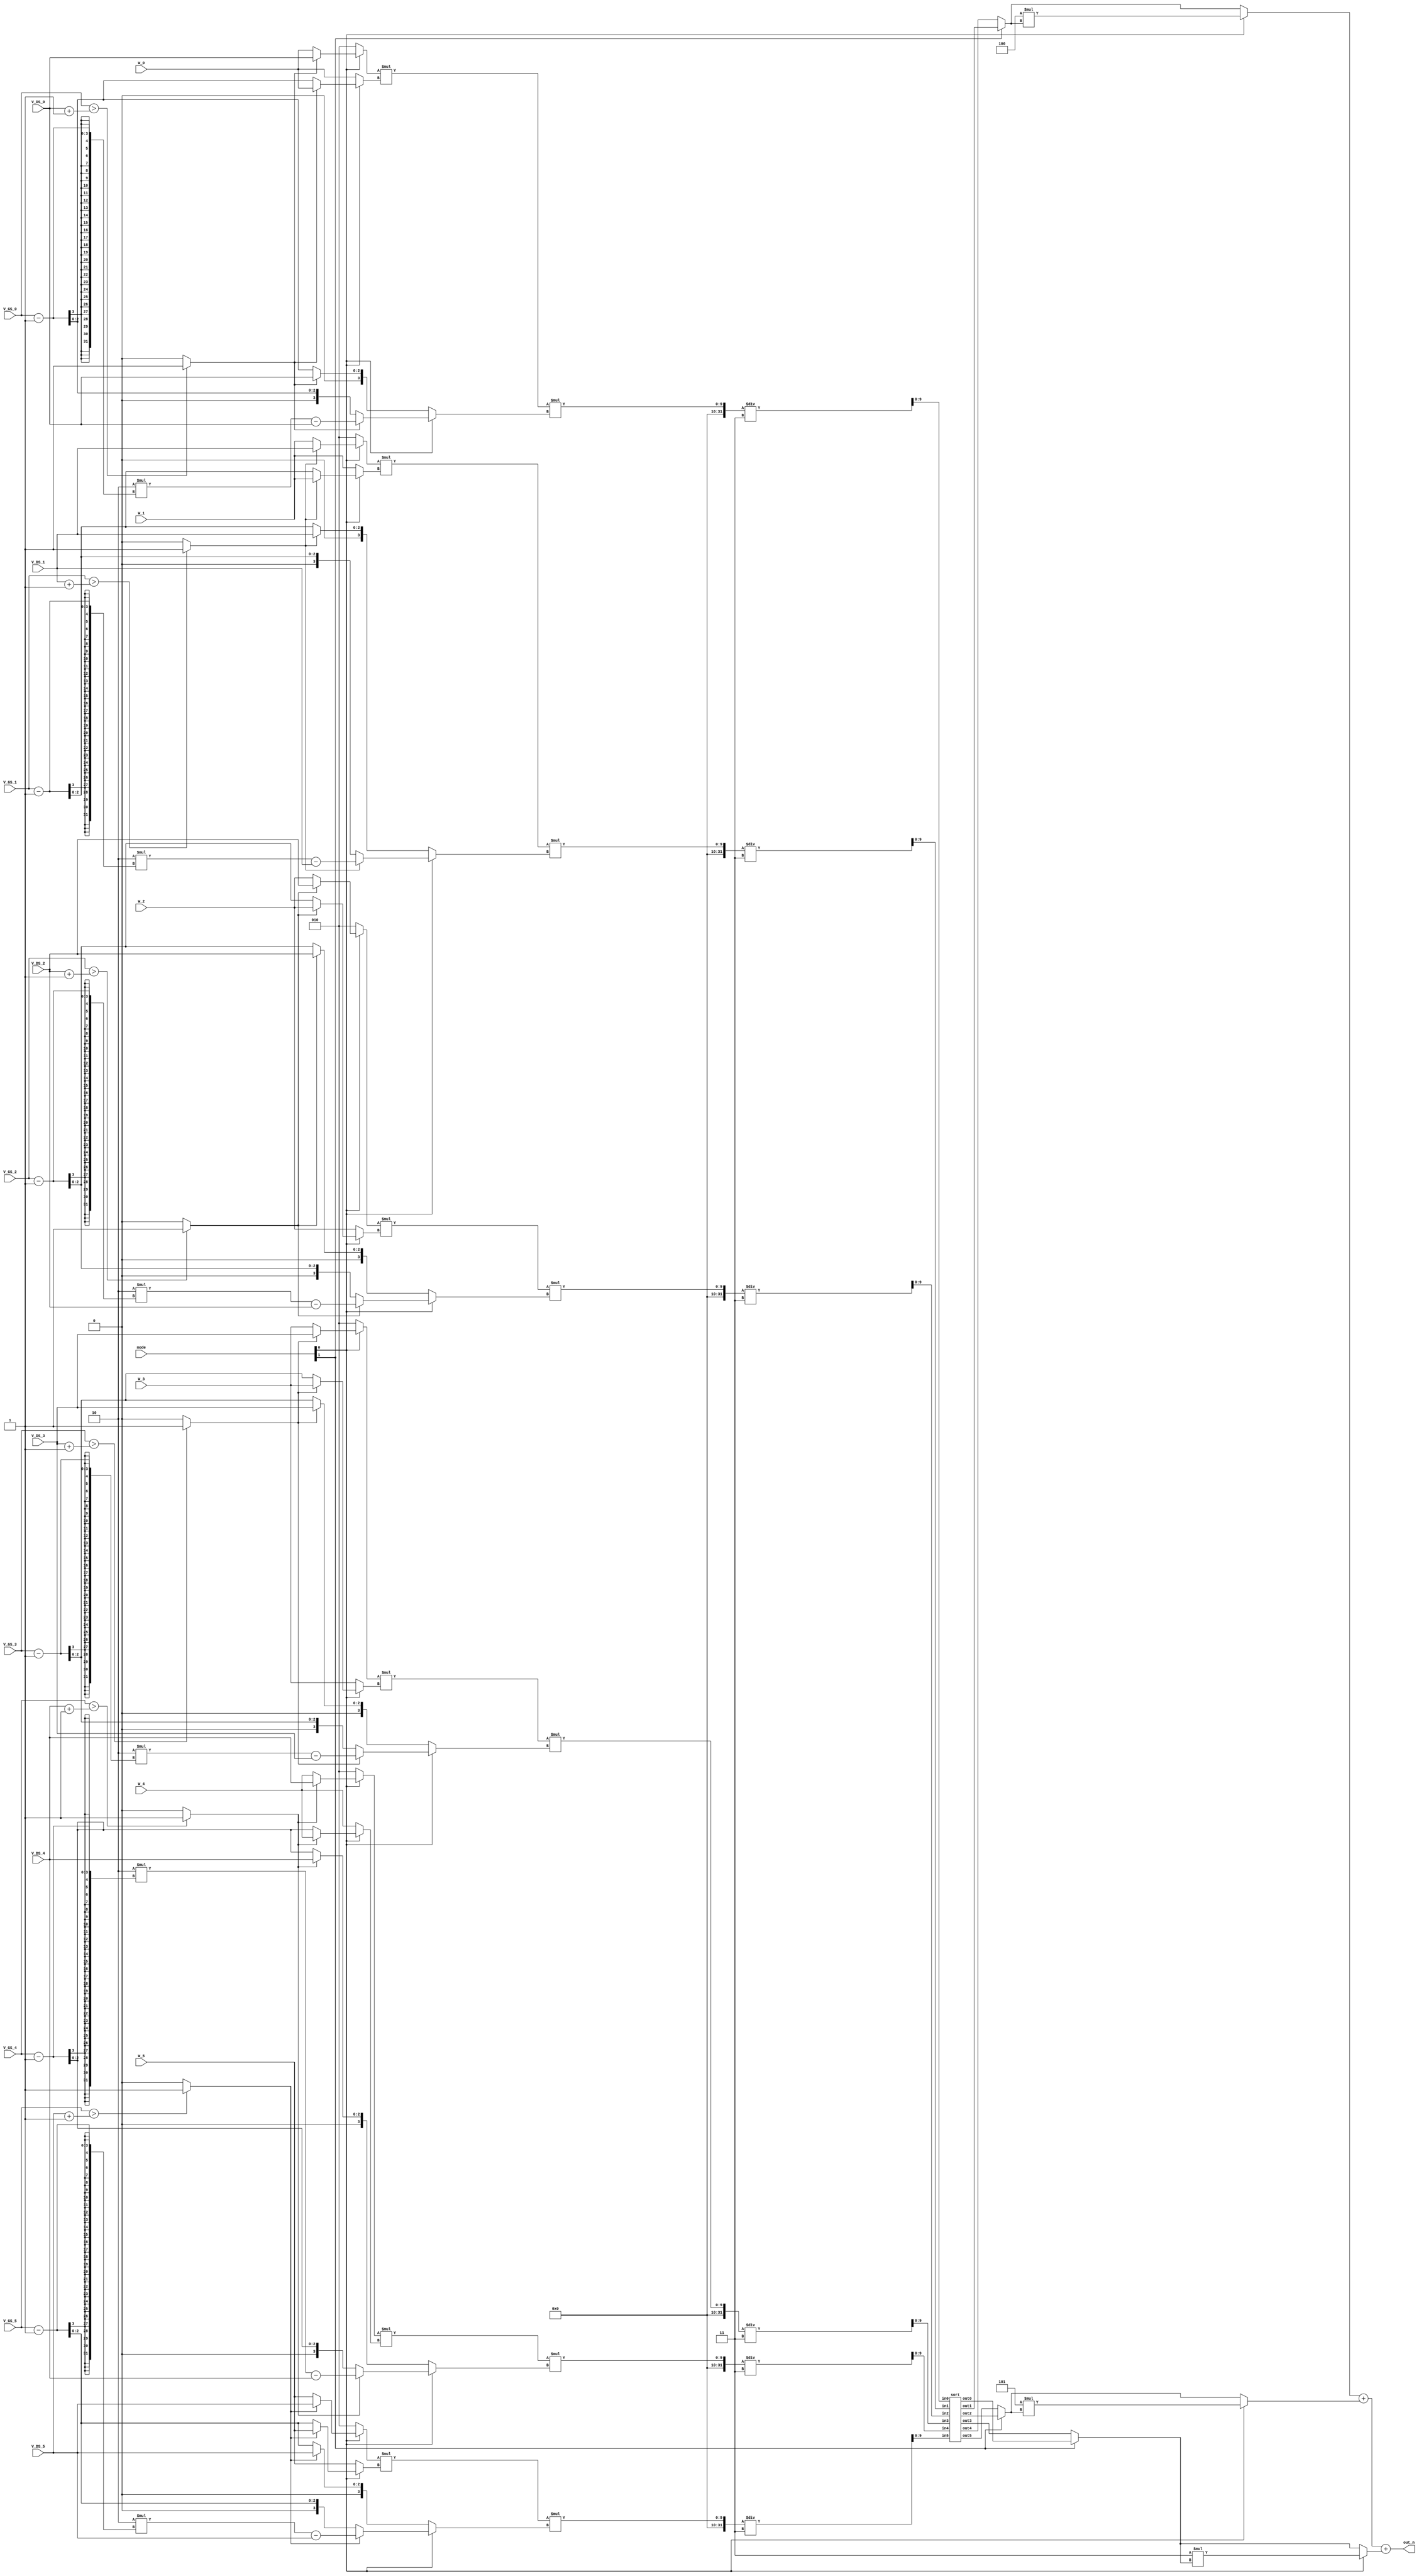
// Lab 1 : Super MOSFET Caculator (SMC)
/* In this lab, we want to design a Supper MOSFET Calculator to calculate ID and gm in a short time with given numerous 
   combinations of width, VGS  VDS. Furthermore, we would like to sort the result. 
	We simplify Kn = 1 / 3, Vth = 1
	Don't consider body effect and channel length modulation
	If mode[0] == 1'b1, we want the id value, else we want the gm value.
 	If mode[1] == 1'b1, we want the larger three values; otherwise, we want the smaller three values.
  	For id value: 
    		output = 3 * n0 + 4 * n1 + 5 * n2 // mode[1] == 1'b1
       		output = 3 * n3 + 4 * n4 + 5 * n5 // mode[1] == 1'b0
       		Notice that 0 is the largest one, and 5 is the smallest one. 
	 For gm value: 
    		output = n0 + n1 + n2 // mode[1] == 1'b1
       		output = n3 + n4 + n5 // mode[1] == 1'b0
       		Notice that 0 is the largest one, and 5 is the smallest one. 
*/
	
module SMC(
    // Input signals
    mode,
    W_0, V_GS_0, V_DS_0,
    W_1, V_GS_1, V_DS_1,
    W_2, V_GS_2, V_DS_2,
    W_3, V_GS_3, V_DS_3,
    W_4, V_GS_4, V_DS_4,
    W_5, V_GS_5, V_DS_5,   
    // Output signals
    out_n
);

input [2:0] W_0, V_GS_0, V_DS_0;
input [2:0] W_1, V_GS_1, V_DS_1;
input [2:0] W_2, V_GS_2, V_DS_2;
input [2:0] W_3, V_GS_3, V_DS_3;
input [2:0] W_4, V_GS_4, V_DS_4;
input [2:0] W_5, V_GS_5, V_DS_5;
input [1:0] mode;
	
output [9:0] out_n;

wire [2:0] w[0:5], Vgs[0:5], Vds[0:5];
wire [2:0] Id_T_A[0:5], Id_T_B[0:5];
wire [3:0] Id_T_C[0:5];
wire [2:0] gm_T_A[0:5], gm_T_B[0:5], gm_T_C[0:5];
wire [2:0] Id_S_A[0:5], Id_S_B[0:5], Id_S_C[0:5];
wire [2:0] gm_S_A[0:5], gm_S_B[0:5], gm_S_C[0:5];

wire is_tri[0:5];

wire [2:0] Id_A[0:5], Id_B[0:5];
wire [3:0] Id_C[0:5];
wire [2:0] gm_A[0:5], gm_B[0:5], gm_C[0:5];

wire [2:0] A[0:5], B[0:5];
wire [3:0] C[0:5];

wire [9:0] result[0:5];

wire [9:0] n[0:5], n_1[0:5];
wire [9:0]out0, out1, out2;

genvar idx;


//Turn input into array form
assign w[0] = W_0;
assign w[1] = W_1;
assign w[2] = W_2;
assign w[3] = W_3;
assign w[4] = W_4;
assign w[5] = W_5;

assign Vgs[0] = V_GS_0;
assign Vgs[1] = V_GS_1;
assign Vgs[2] = V_GS_2;
assign Vgs[3] = V_GS_3;
assign Vgs[4] = V_GS_4;
assign Vgs[5] = V_GS_5;

assign Vds[0] = V_DS_0;
assign Vds[1] = V_DS_1;
assign Vds[2] = V_DS_2;
assign Vds[3] = V_DS_3;
assign Vds[4] = V_DS_4;
assign Vds[5] = V_DS_5;

//Calaulte Id and gm
generate 
    for (idx = 0; idx <= 5; idx = idx + 1) begin : block1
        assign Id_T_A[idx] = Vds[idx];
        assign Id_T_B[idx] = w[idx];
        assign Id_T_C[idx] = 2 * (Vgs[idx] - 1) - Vds[idx];

        assign gm_T_A[idx] = 2;
        assign gm_T_B[idx] = w[idx];
        assign gm_T_C[idx] = Vds[idx];

        assign Id_S_A[idx] = w[idx];
        assign Id_S_B[idx] = Vgs[idx] - 1;
        assign Id_S_C[idx] = Vgs[idx] - 1;

        assign gm_S_A[idx] = 2;
        assign gm_S_B[idx] = w[idx];
        assign gm_S_C[idx] = Vgs[idx] - 1;
    end
endgenerate 

//Determine region for each data set
generate 
    for(idx = 0; idx <= 5; idx = idx + 1) begin : block_2
        assign is_tri[idx] = (Vgs[idx] > (Vds[idx] + 1))? 1'b1 : 1'b0;
    end
endgenerate

//Get Id and gm 
generate 
    for(idx = 0; idx <= 5; idx = idx + 1)begin : block_3
        assign Id_A[idx] = (is_tri[idx] == 1'b1)? Id_T_A[idx] : Id_S_A[idx];
        assign Id_B[idx] = (is_tri[idx] == 1'b1)? Id_T_B[idx] : Id_S_B[idx];
        assign Id_C[idx] = (is_tri[idx] == 1'b1)? Id_T_C[idx] : Id_S_C[idx];

        assign gm_A[idx] = (is_tri[idx] == 1'b1)? gm_T_A[idx] : gm_S_A[idx];
        assign gm_B[idx] = (is_tri[idx] == 1'b1)? gm_T_B[idx] : gm_S_B[idx];
        assign gm_C[idx] = (is_tri[idx] == 1'b1)? gm_T_C[idx] : gm_S_C[idx];
    end
endgenerate

//Determine Id or gm by mode[0]
generate 
    for (idx = 0; idx <= 5; idx = idx + 1) begin: block_4
        assign A[idx] = (mode[0] == 1'b1)? Id_A[idx] : gm_A[idx];
        assign B[idx] = (mode[0] == 1'b1)? Id_B[idx] : gm_B[idx];
        assign C[idx] = (mode[0] == 1'b1)? Id_C[idx] : gm_C[idx];
    end
endgenerate 

//Calaulte the output for each data 
generate 
    for (idx = 0; idx <= 5; idx = idx + 1) begin: block_5
        assign result[idx] = (A[idx] * B[idx] * C[idx]) / 3;
    end
endgenerate 

//Sort
sort sort1 (.in0(result[0]), .in1(result[1]), .in2(result[2]), 
            .in3(result[3]), .in4(result[4]), .in5(result[5]), 
            .out0(n[0]), .out1(n[1]), .out2(n[2]), 
            .out3(n[3]), .out4(n[4]), .out5(n[5]));

//Choose larger/smaller value
assign n_1[2] = (mode[1] == 1'b1)? n[2] : n[5];
assign n_1[1] = (mode[1] == 1'b1)? n[1] : n[4];
assign n_1[0] = (mode[1] == 1'b1)? n[0] : n[3];

//Baes on mode[0], choose output function 
assign out0 = (mode[0] == 1'b0)? n_1[0] : (3 * n_1[0]);
assign out1 = (mode[0] == 1'b0)? n_1[1] : (4 * n_1[1]);
assign out2 = (mode[0] == 1'b0)? n_1[2] : (5 * n_1[2]);

// Caculate the final output
assign out_n = out1 + out2 + out0;

endmodule 


//Sub module: Bubble Sort
module sort (in0, in1, in2, in3, in4, in5,
	     out0, out1, out2, out3, out4, out5
  	    );

input  wire [9:0] in0, in1, in2, in3, in4, in5;
output reg  [9:0] out0, out1, out2, out3, out4, out5;
	
integer i, j;
reg [9:0] temp;
reg [9:0] array [0:5];
	
//Transfer input into array form
always @(*)begin
	array[0] = in0;
	array[1] = in1;
	array[2] = in2;
	array[3] = in3;
	array[4] = in4;
	array[5] = in5;
//Bubble Sort	    
for (i = 0; i < 6; i = i + 1) begin
    for (j = 0 ; j < 5; j = j + 1) begin
        if (array[j] < array[j + 1])
        begin
            temp = array[j];
            array[j] = array[j + 1];
            array[j + 1] = temp;
    end end
end end

//Tranfser array back to the output 
always @(*)begin
      out0 = array[0];
      out1 = array[1];
      out2 = array[2];
      out3 = array[3];
      out4 = array[4];
      out5 = array[5];
end
endmodule